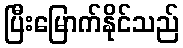
ပြီးမြောက်နိုင်သည်